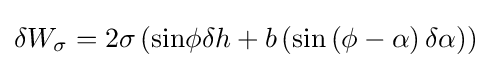
\delta W_{\sigma }=2\sigma \left({\text{sin}}\phi \delta h+b\left({\text{sin}}\left(\phi -\alpha \right)\delta \alpha \right)\right)